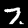
Digit: 7